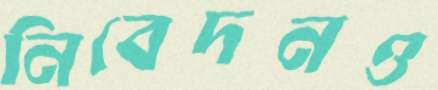
নিবেদনও